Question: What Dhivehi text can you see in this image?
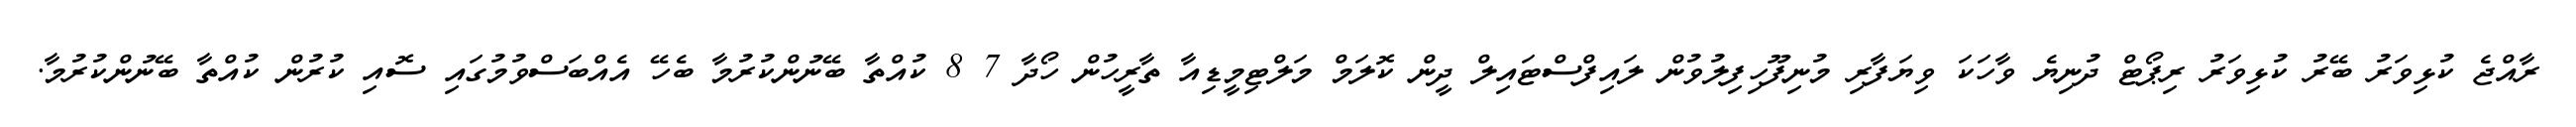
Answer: ރާއްޖެ ކުޅިވަރު ބޭރު ކުޅިވަރު ރިޕޯޓް ދުނިޔެ ވާހަކަ ވިޔަފާރި މުނިފޫހިފިލުވުން ލައިފްސްޓައިލް ދީން ކޮލަމް މަލްޓިމީޑިއާ ތާރީހުން ހޯދާ 7 8 ކުއްތާ ބޭނުންކުރުމާ ބެހޭ އެއްބަސްވުމުގައި ސޮއި ކުރުން ކުއްތާ ބޭނުންކުރުމާ.